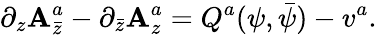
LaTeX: \partial_{z}\mathbf{A}_{\bar{{z}}}^{a}-\partial_{\bar{{z}}}\mathbf{A}_{z}^{a}=Q^{a}(\psi,\bar{{\psi}})-v^{a}.